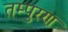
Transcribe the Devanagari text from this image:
तम्पुरण